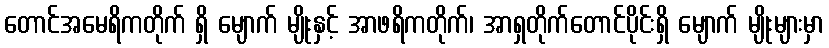
တောင်အမေရိကတိုက် ရှိ မျောက် မျိုးနှင့် အာဖရိကတိုက်၊ အာရှတိုက်တောင်ပိုင်းရှိ မျောက် မျိုးများမှာ